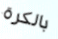
بالكرة